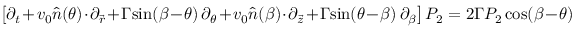
\big [ \partial _ { t } + v _ { 0 } \hat { n } ( \theta ) \cdot \partial _ { \vec { r } } + \Gamma \mathrm { s i n } ( \beta - \theta ) \, \partial _ { \theta } + v _ { 0 } \hat { n } ( \beta ) \cdot \partial _ { \vec { z } } + \Gamma \mathrm { s i n } ( \theta - \beta ) \, \partial _ { \beta } \big ] \, P _ { 2 } = 2 \Gamma P _ { 2 } \, \mathrm { c o s } ( \beta - \theta )